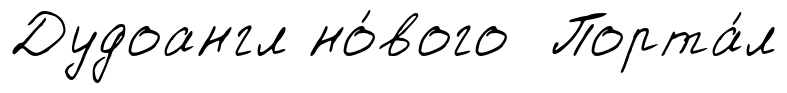
Дудоангл но́вого Порта́л